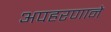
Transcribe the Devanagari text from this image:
अपहरणाने